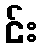
င်း